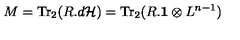
M = \mathrm { T r } _ { 2 } ( R . d { \cal H } ) = \mathrm { T r } _ { 2 } ( R . { \bf 1 } \otimes L ^ { n - 1 } )